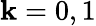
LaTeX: \mathbf{k}=0,1